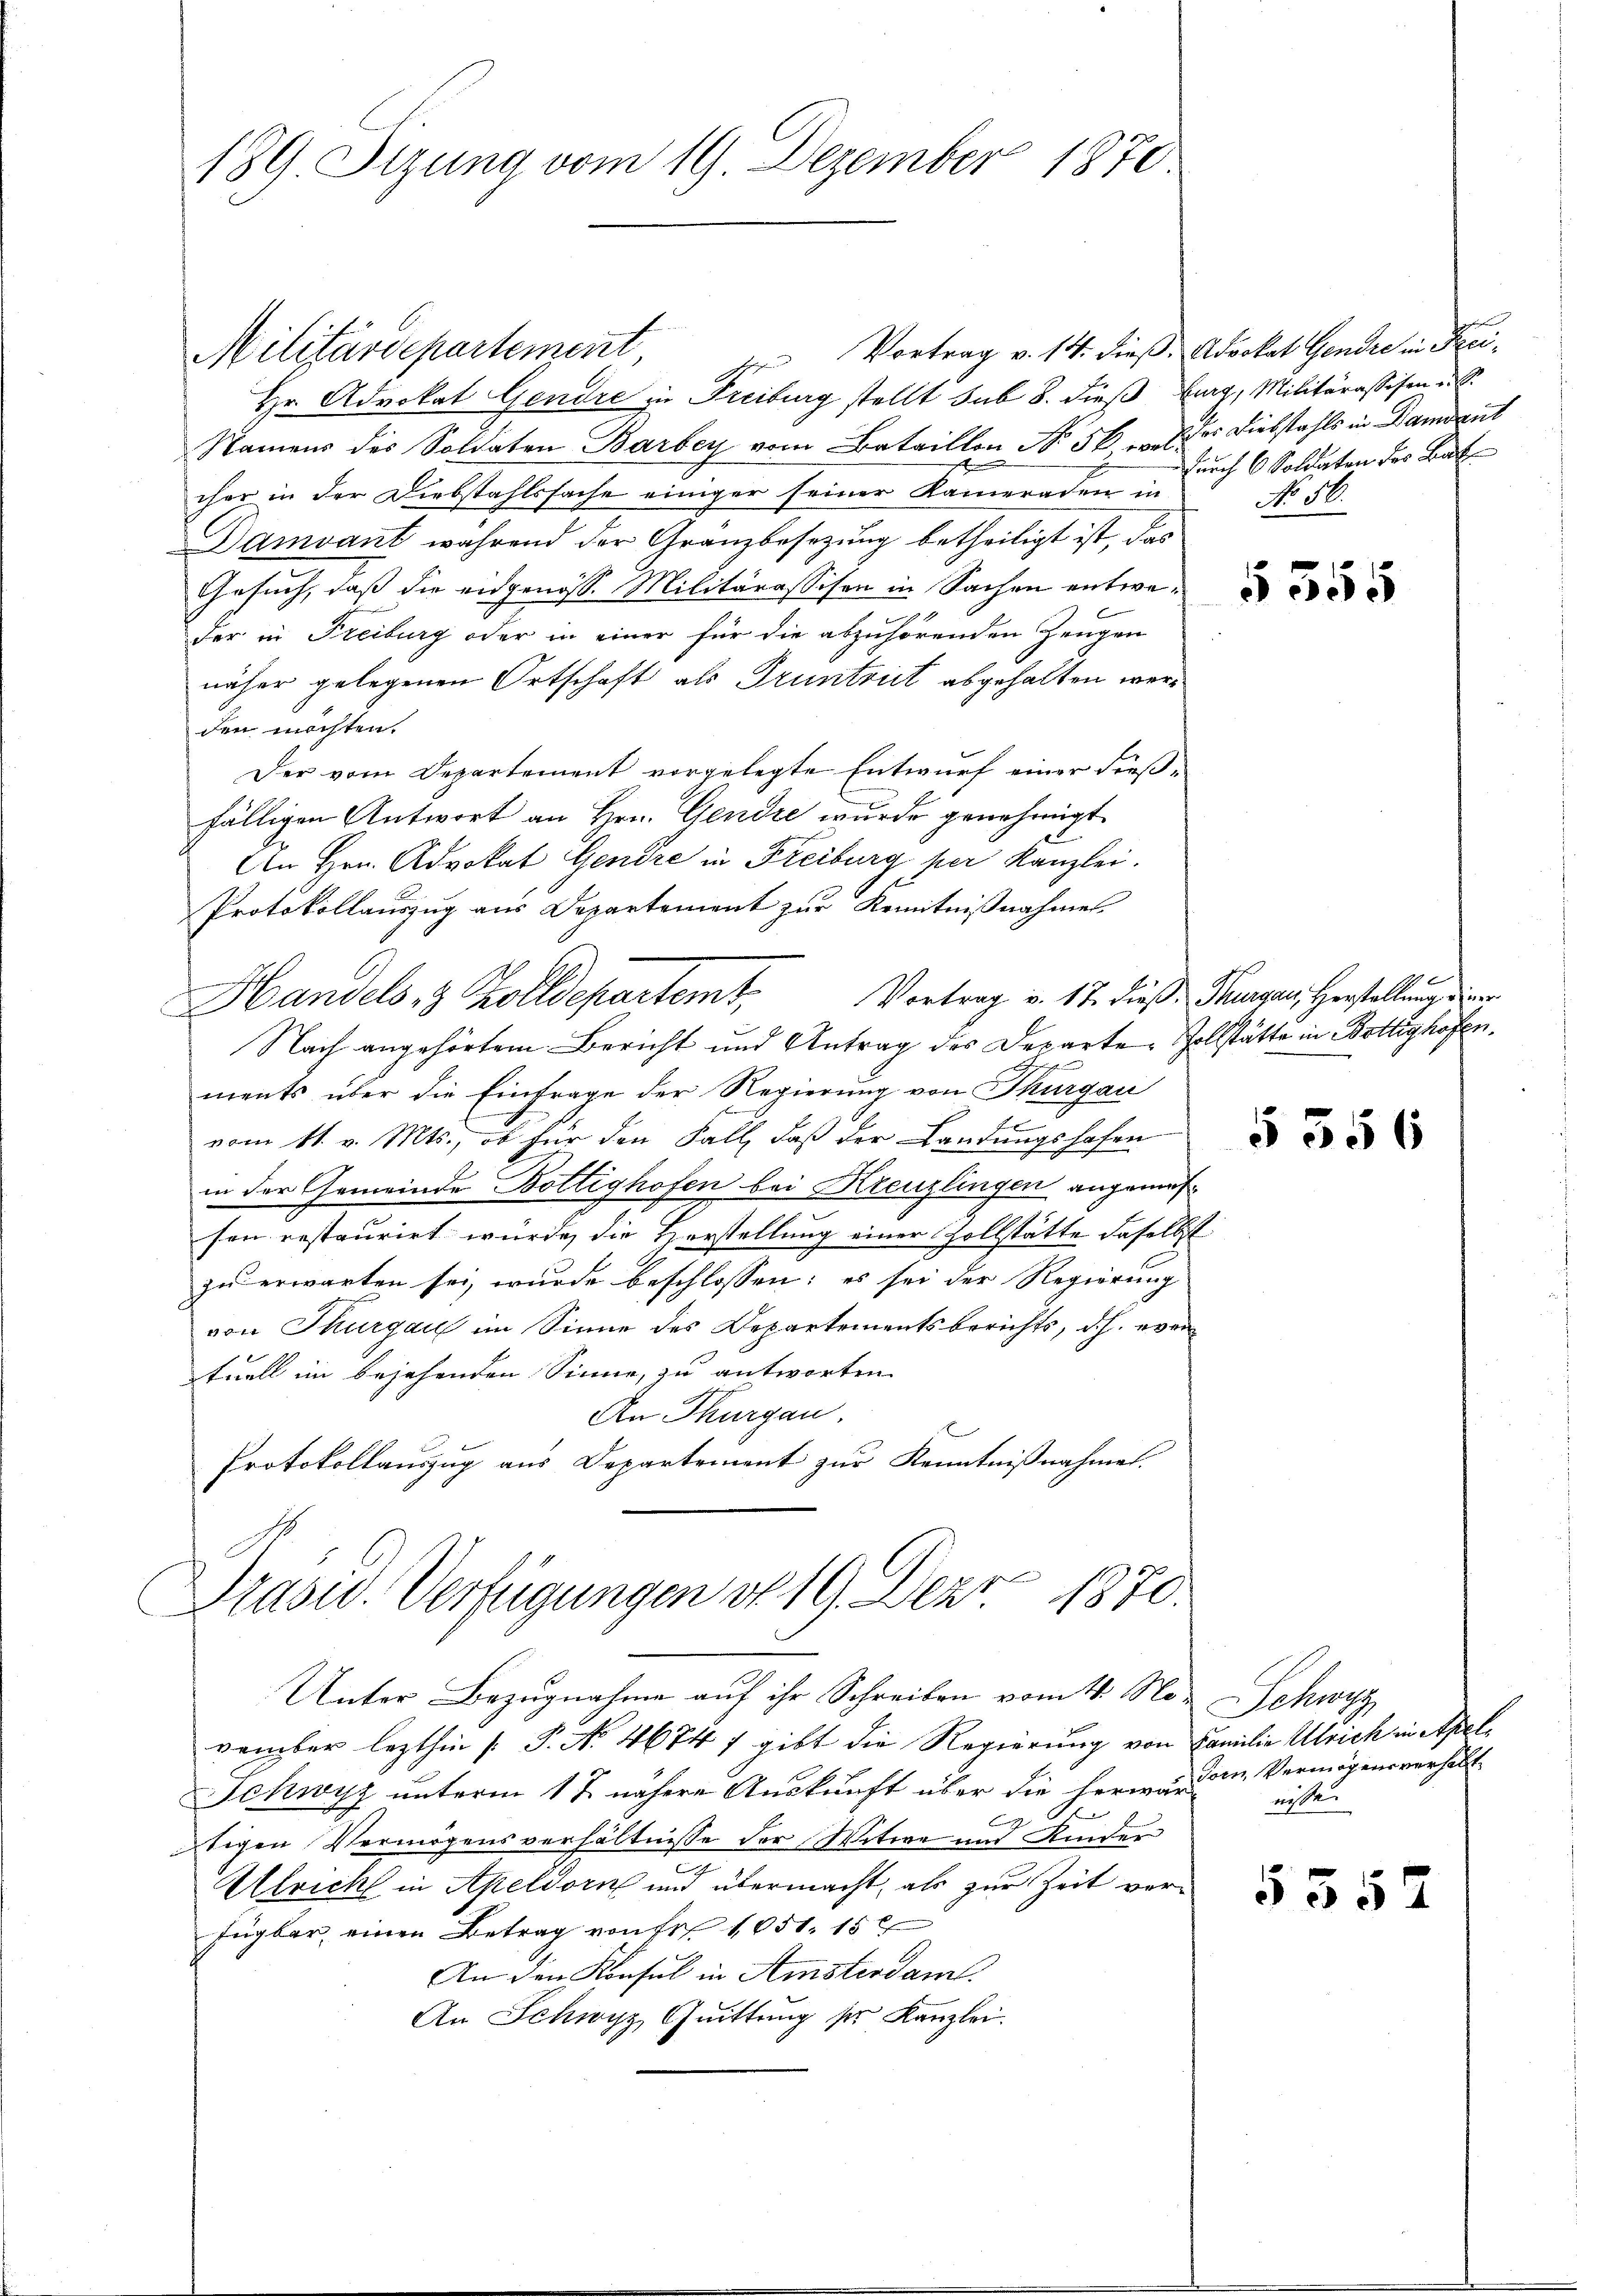
189 Tizung vom 19. Dezember 1870

Vortrag v. 14. dieß. Advokat Gendre in Frei¬
Militärdepartement,
Hr. Advokat Gendre in Freiburg stellt sub 8. dieß Burg, Militärassifen u. S.
Namens des Soldaten Barbey vom Bataillon No 50 wilder Diebstahls in Dament
cher in der Diebstahlssache einiger seiner Kameraden in
Damvant während der Granzbesetzung betheiligt ist, das
Gesuch, daß die eidgenöss. Militärassisen in Sachen entweder in Freiburg oder in einer für die abzuhörenden Zeugen
näher gelegenen Ortschaft als Truntrict abgehalten werden möchten.
Der vom Departement vorgelegte Entwurf einer dießfälligen Antwort an Hrn. Gendre wurde genehmigt.
An Hrn. Advokat Gendre in Freiburg per Kanzlei.
Protokollauszug aus Departement zur Kenntnißnahmes
e
Handels- & Zolldepartemt. Vortrag v. 17. dieß Thurgau, Herstellung
Nach angehörtem Bericht und Antrag des Departe Zollstätte in Bottighofen.
ments über die Einfrage der Regierung von Thurgau
x
vom 11. v. Mts., ob für den Fall, daß der Landungshofen
in der Gemeinde Bottighofen bei Kreuzlingen angemesn
sen restaurirt würde, die Vorstellung einer Zollstätte daselbst
zu erwarten sei, wurde beschlossen: es sei der Regierung
von Thurgau im Sinne des Departementsberichts, d.h. even
tuell im bejahenden Sinne, zu antworten
An Thurgau.
Protokollauszug aus Departement zur Kenntnißnahme.
Präsid. Verfügungen v. 19. Der 1870.
Unter Bezugnahme auf ihr Schreiben vom 4. No. Schwyz
vember lezthin [ P. Nr. 4674 7 gibt die Regierung von Familie Ulrich in Apel¬
Schwyz unterm 1t nähere Auskunft über die herwanden Vermögensverhält¬
C
tigen Vermögensverhältnisse der Witwe und Kinder
Ulricht in Apeldorn und übermacht, als zur Zeit verfügbar einen Betrag von Fr. 1051. 15
An den Konsul in Amsterdam.
An Schwyz, Quittung ser Kanzlei.

durch 6 Soldaten der Bab
No 11.

§ 355

§ 356

niste

5552